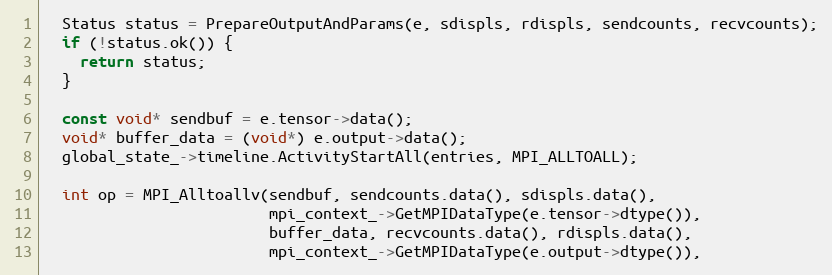
Language: C++
  Status status = PrepareOutputAndParams(e, sdispls, rdispls, sendcounts, recvcounts);
  if (!status.ok()) {
    return status;
  }

  const void* sendbuf = e.tensor->data();
  void* buffer_data = (void*) e.output->data();
  global_state_->timeline.ActivityStartAll(entries, MPI_ALLTOALL);

  int op = MPI_Alltoallv(sendbuf, sendcounts.data(), sdispls.data(),
                         mpi_context_->GetMPIDataType(e.tensor->dtype()),
                         buffer_data, recvcounts.data(), rdispls.data(),
                         mpi_context_->GetMPIDataType(e.output->dtype()),